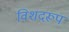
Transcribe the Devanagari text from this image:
विशदरूप